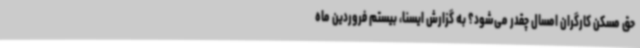
حق مسکن کارگران امسال چقدر می‌شود؟ به گزارش ایسنا، بیستم فروردین ماه